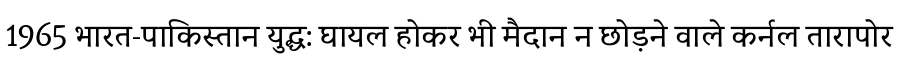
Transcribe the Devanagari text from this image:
1965 भारत-पाकिस्तान युद्ध: घायल होकर भी मैदान न छोड़ने वाले कर्नल तारापोर